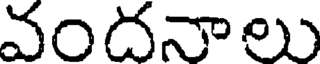
వందనాలు